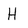
Character: H